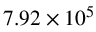
7 . 9 2 \times 1 0 ^ { 5 }